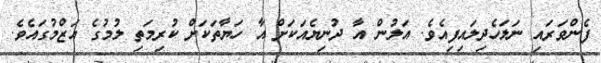
ފެންވަރައި ނަލަހެދިލައިފިއެވެ. އަލުން އާ ދުނިޔެއަކަށް އާ ހަޔާތަކަށް ކުރިމަތި ލުމުގެ އަޒްމުގައެވެ.